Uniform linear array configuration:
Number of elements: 8
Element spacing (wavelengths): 1
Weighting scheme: uniform
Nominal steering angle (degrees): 0
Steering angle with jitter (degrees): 1.23
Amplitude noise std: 0.05
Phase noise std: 0.05

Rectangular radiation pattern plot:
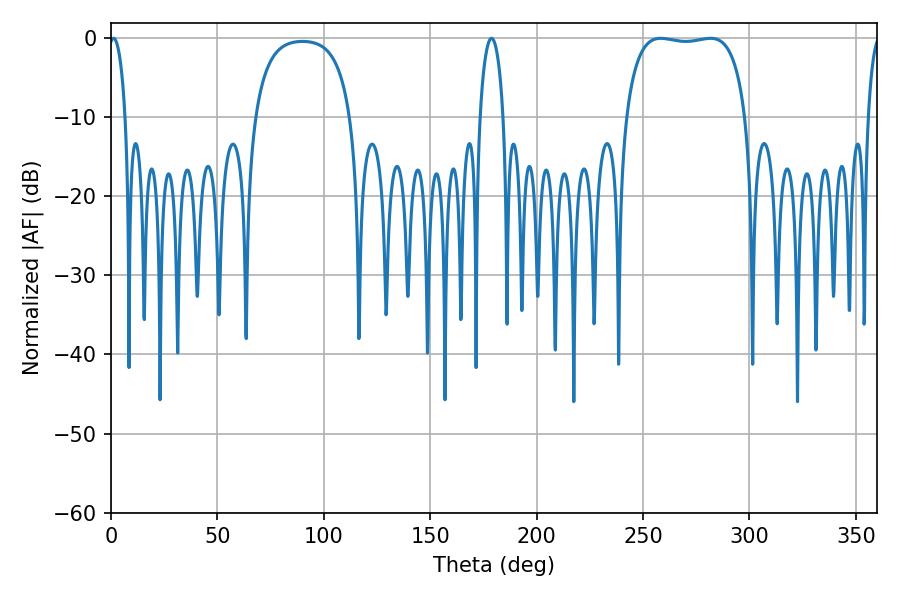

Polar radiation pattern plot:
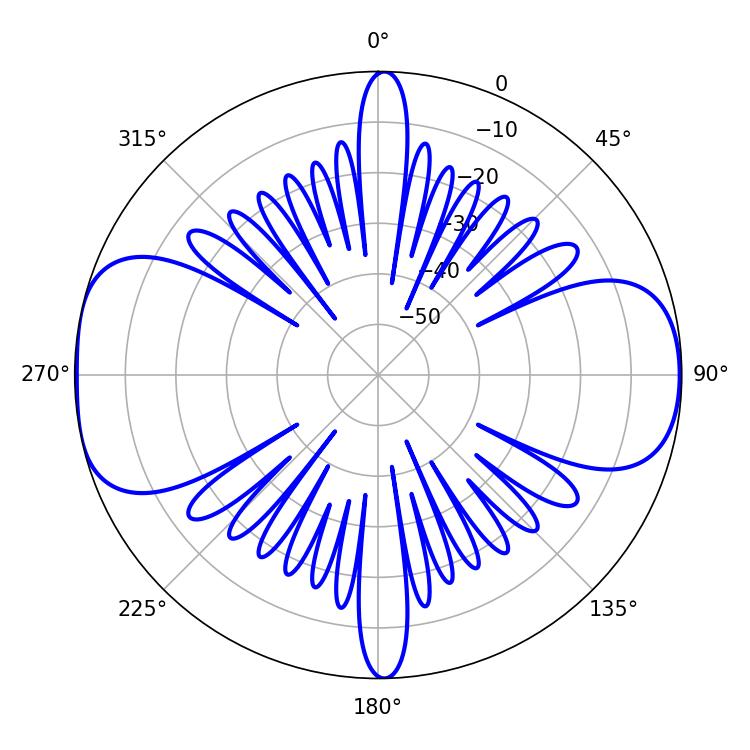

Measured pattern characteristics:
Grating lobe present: TRUE
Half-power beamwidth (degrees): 45
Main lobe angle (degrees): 258.3